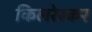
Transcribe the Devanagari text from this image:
किलरेस्कर